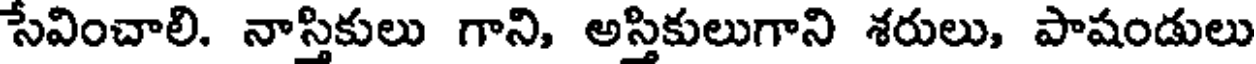
సేవించాలి. నాస్తికులు గాని, అస్తికులుగాని శరులు, పాషండులు